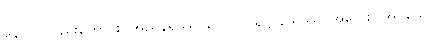
နောဝါ၊ လည်းကောင်း။ အညနရဿ၊ သော။ ဂရုဋ္ဌာနိယဿ၊ အလေးပြုအပ်သော